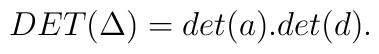
DET(\Delta) = det(a) . det(d) .